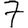
Digit: 7